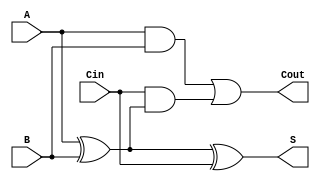
module FullAdder (
    input wire A,      // First input bit
    input wire B,      // Second input bit
    input wire Cin,    // Carry-in bit
    output wire S,     // Sum output
    output wire Cout   // Carry-out output
);

// Internal wires for intermediate calculations
wire X1;            // Intermediate result for sum calculation
wire AB;            // Intermediate result for AND operation
wire Cin_AB;        // Intermediate result for Cin AND (A XOR B)

// Sum Calculation using XOR gates
assign X1 = A ^ B;  // First XOR gate
assign S = X1 ^ Cin; // Second XOR gate for final sum output

// Carry-Out Calculation using AND and OR gates
assign AB = A & B;                       // AND gate for A and B
assign Cin_AB = Cin & X1;                // AND gate for Cin and (A XOR B)
assign Cout = AB | Cin_AB;               // OR gate for final carry-out

endmodule